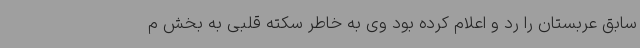
سابق عربستان را رد و اعلام کرده بود وی به خاطر سکته قلبی به بخش م